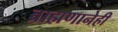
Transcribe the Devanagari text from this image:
ब्राह्मणानेही